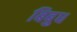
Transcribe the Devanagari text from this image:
बिबुध